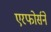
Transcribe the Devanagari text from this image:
एरफोर्सने